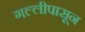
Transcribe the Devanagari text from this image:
गल्लीपासून